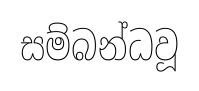
සම්බන්ධවූ